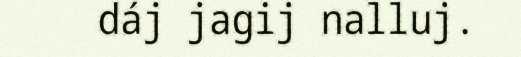
dáj jagij nalluj.